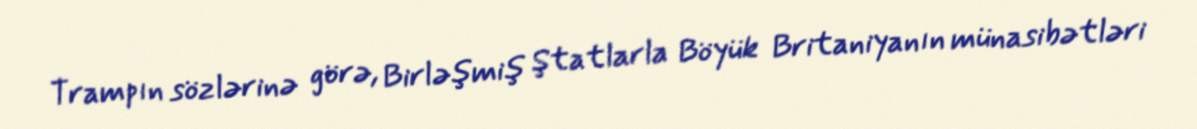
Trampın sözlərinə görə, Birləşmiş Ştatlarla Böyük Britaniyanın münasibətləri